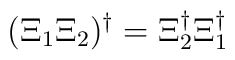
(\Xi_1 \Xi_2)^\dagger = \Xi_2^\dagger \Xi_1^\dagger